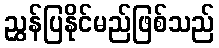
ညွှန်ပြနိုင်မည်ဖြစ်သည်